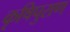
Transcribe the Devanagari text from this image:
कृषिपुराण